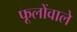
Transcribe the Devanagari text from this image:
फूलोंवाले